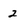
Character: 2